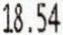
18.54